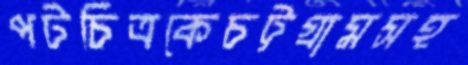
পটচিত্রকেচট্টগ্রামসহ